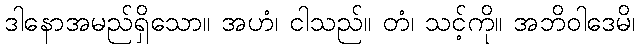
ဒါနောအမည်ရှိသော။ အဟံ၊ ငါသည်။ တံ၊ သင့်ကို။ အဘိဝါဒေမိ၊